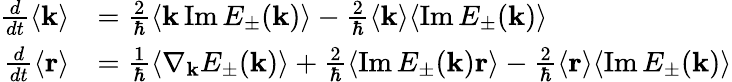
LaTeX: \begin{array}{rl}{\frac{d}{dt}\langle\mathbf{k}\rangle}&{=\frac{2}{\hbar}\langle\mathbf{k}\operatorname{Im}E_{\pm}(\mathbf{k})\rangle-\frac{2}{\hbar}\langle\mathbf{k}\rangle\langle\operatorname{Im}E_{\pm}(\mathbf{k})\rangle}\\ {\frac{d}{dt}\langle\mathbf{r}\rangle}&{=\frac{1}{\hbar}\langle\nabla_{\mathbf{k}}E_{\pm}(\mathbf{k})\rangle+\frac{2}{\hbar}\langle\operatorname{Im}E_{\pm}(\mathbf{k})\mathbf{r}\rangle-\frac{2}{\hbar}\langle\mathbf{r}\rangle\langle\operatorname{Im}E_{\pm}(\mathbf{k})\rangle}\end{array}